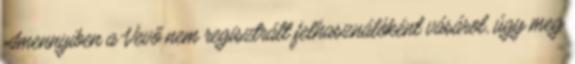
Amennyiben a Vevő nem regisztrált felhasználóként vásárol, úgy meg